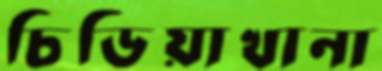
চিডিয়াখানা